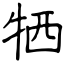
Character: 牺